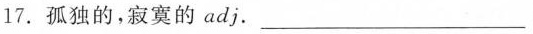
17. 孤独的，寂寞的 adj. ___